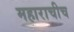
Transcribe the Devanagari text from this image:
महाराचीच